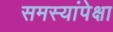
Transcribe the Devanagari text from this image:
समस्यांपेक्षा